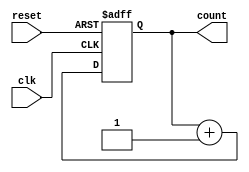
module Counter(
  input clk,
  input reset,
 
  output[63:0] count
);

  reg[63:0] countReg;
  assign count = countReg;

  always@(posedge clk or negedge reset) begin
    if(~reset) begin
      countReg = 0;
    end
    else countReg = countReg + 1;
  end

endmodule